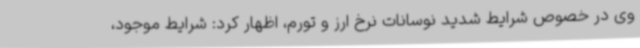
وی در خصوص شرایط شدید نوسانات نرخ ارز و تورم، اظهار کرد: شرایط موجود،